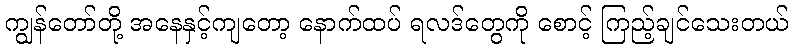
ကျွန်တော်တို့ အနေနှင့်ကျတော့ နောက်ထပ် ရလဒ်တွေကို စောင့် ကြည့်ချင်သေးတယ်